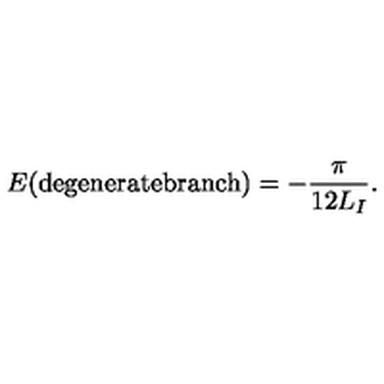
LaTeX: E ( \mathrm { d e g e n e r a t e b r a n c h } ) = - \frac { \pi } { 1 2 L _ { I } } .